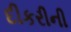
દીકરીની